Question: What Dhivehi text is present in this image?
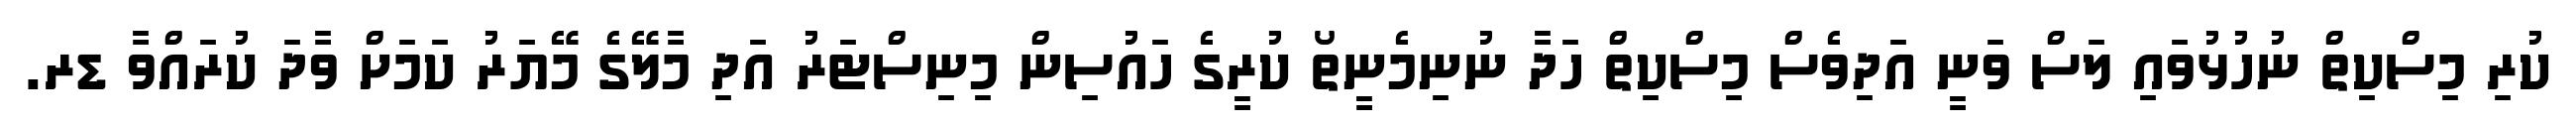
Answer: ކުރި މިސްކިތް ނުހުޅުވައި ލަސް ވަނީ އަދިވެސް މިސްކިތް ހަދާ ނުނިމެނީތޯ ކުރީގެ ހައުސިން މިނިސްޓަރު އަދި މާލޭގެ މޭޔަރު ކަމަށް ވާދަ ކުރައްވާ ޑރ.